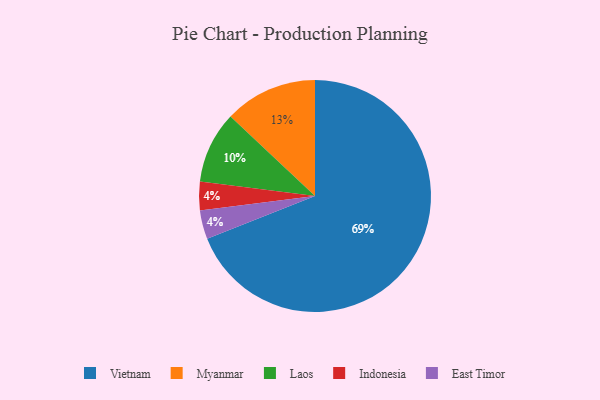
{"axis": {"x": "Category", "y": "Percentage"}, "legend": ["East Timor", "Indonesia", "Laos", "Myanmar", "Vietnam"], "data": [{"x": "Vietnam", "y": 69, "type": "Vietnam"}, {"x": "Indonesia", "y": 4, "type": "Indonesia"}, {"x": "Laos", "y": 10, "type": "Laos"}, {"x": "Myanmar", "y": 13, "type": "Myanmar"}, {"x": "East Timor", "y": 4, "type": "East Timor"}]}